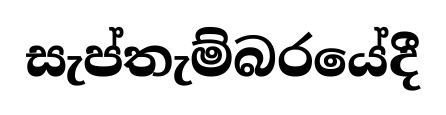
සැප්තැම්බරයේදී